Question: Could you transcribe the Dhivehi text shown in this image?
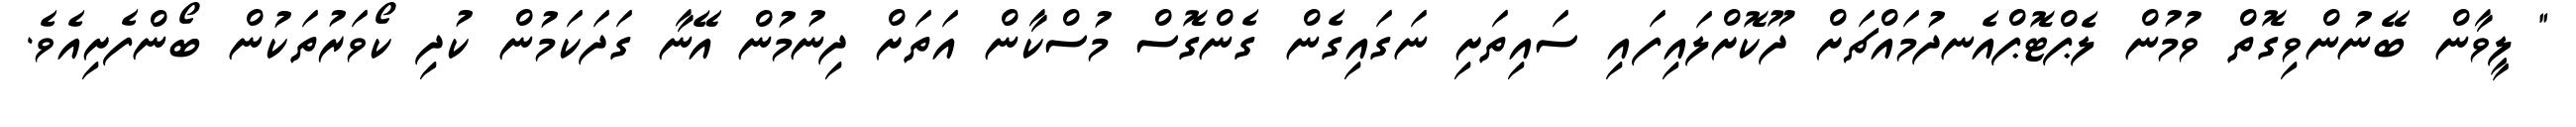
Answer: " ލީވާން ބޭނުންވިގޮތް ވުމުން ލެޕްޓޮޕްއެނދުމައްޗަށް ދޫކޮށްލައިފައި ސައިތަށި ނަގައިގެން ގެންގޮސް މުސްކާން އަތަށް ދިނުމުން އޭނާ ގަދަކަމުން ކުދި ކޯވަރުތަކުން ބޯންފެށިއެވެ.